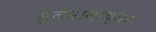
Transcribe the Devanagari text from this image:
सुलेमानाच्या